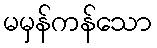
မမှန်ကန်သော